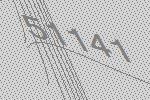
51141